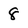
Character: 8